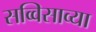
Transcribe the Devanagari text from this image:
सव्विसाव्या